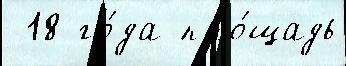
 18 го́да пло́щадь